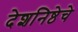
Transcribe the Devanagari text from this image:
देशनिष्ठेचे